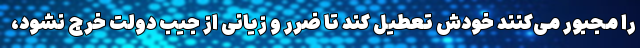
را مجبور می‌کنند خودش تعطیل کند تا ضرر و زیانی از جیب دولت خرج نشود،